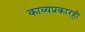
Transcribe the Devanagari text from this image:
काव्यप्रकारही